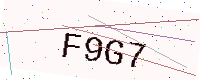
Text: F9G7